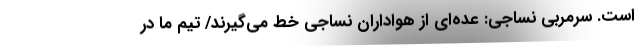
است. سرمربی نساجی: عده‌ای از هواداران نساجی خط می‌گیرند/ تیم ما در